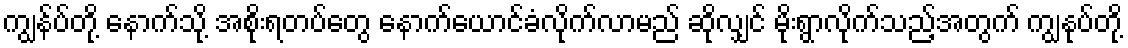
ကျွန်ပ်တို့ နောက်သို့ အစိုးရတပ်တွေ နောက်ယောင်ခံလိုက်လာမည် ဆိုလျှင် မိုးရွာလိုက်သည့်အတွက် ကျွနုပ်တို့